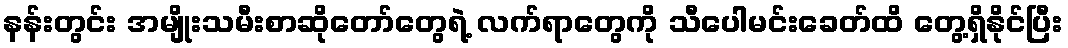
နန်းတွင်း အမျိုးသမီးစာဆိုတော်တွေရဲ့ လက်ရာတွေကို သီပေါမင်းခေတ်ထိ တွေ့ရှိနိုင်ပြီး